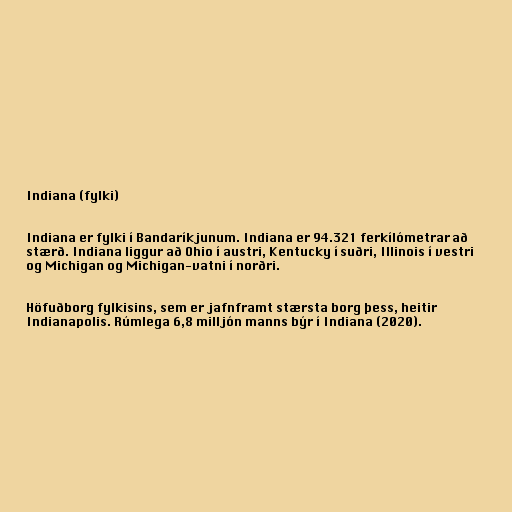
Indiana (fylki)

Indiana er fylki í Bandaríkjunum. Indiana er 94.321 ferkílómetrar að
stærð. Indiana liggur að Ohio í austri, Kentucky í suðri, Illinois í vestri
og Michigan og Michigan-vatni í norðri.

Höfuðborg fylkisins, sem er jafnframt stærsta borg þess, heitir
Indianapolis. Rúmlega 6,8 milljón manns býr í Indiana (2020).